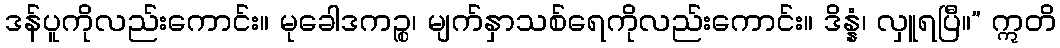
ဒန်ပူကိုလည်းကောင်း။ မုခေါဒကဉ္စ၊ မျက်နှာသစ်ရေကိုလည်းကောင်း။ ဒိန္နံ၊ လှူရပြီ။” ဣတိ